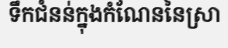
ទឹកជំនន់ក្នុងកំណែននៃស្រា